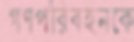
গণপরিবহনকে